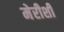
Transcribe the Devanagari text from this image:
मेरीशी